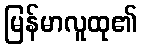
မြန်မာလူထု၏